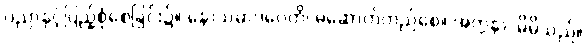
ပညာနှင့်ပြည့်စုံစေခြင်း၌။ နောသမာဒပေတိ၊ မဆောက်တည်စေ။ အတ္တနာ၊ မိမိသည်။